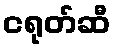
ငရုတ်ဆီ